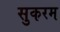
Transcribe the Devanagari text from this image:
सुकरम